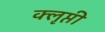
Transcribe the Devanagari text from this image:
क्‍ऌप्ती